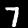
Label: 7